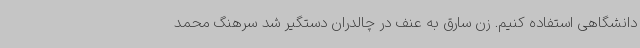
دانشگاهی استفاده کنیم. زن سارق به عنف در چالدران دستگیر شد سرهنگ محمد